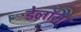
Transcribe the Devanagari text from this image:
डेलॉन